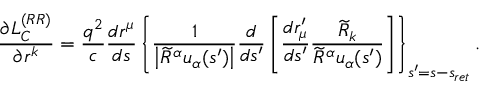
\frac { \partial L _ { C } ^ { ( R R ) } } { \partial r ^ { k } } = \frac { q ^ { 2 } } { c } \frac { d r ^ { \mu } } { d s } \left\{ \frac { 1 } { \left\vert \widetilde { R } ^ { \alpha } u _ { \alpha } ( s ^ { \prime } ) \right\vert } \frac { d } { d s ^ { \prime } } \left[ \frac { d r _ { \mu } ^ { \prime } } { d s ^ { \prime } } \frac { \widetilde { R } _ { k } } { \widetilde { R } ^ { \alpha } u _ { \alpha } ( s ^ { \prime } ) } \right] \right\} _ { s ^ { \prime } = s - s _ { r e t } } .